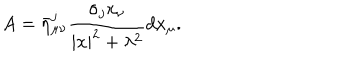
A = \bar { \eta } _ { \mu \nu } ^ { j } \frac { \sigma _ { j } x _ { \nu } } { | x | ^ { 2 } + \lambda ^ { 2 } } d x _ { \mu } .